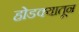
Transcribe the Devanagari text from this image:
होडक्यातून